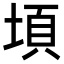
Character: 𭎸